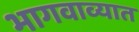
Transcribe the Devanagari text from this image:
भागवाव्यात